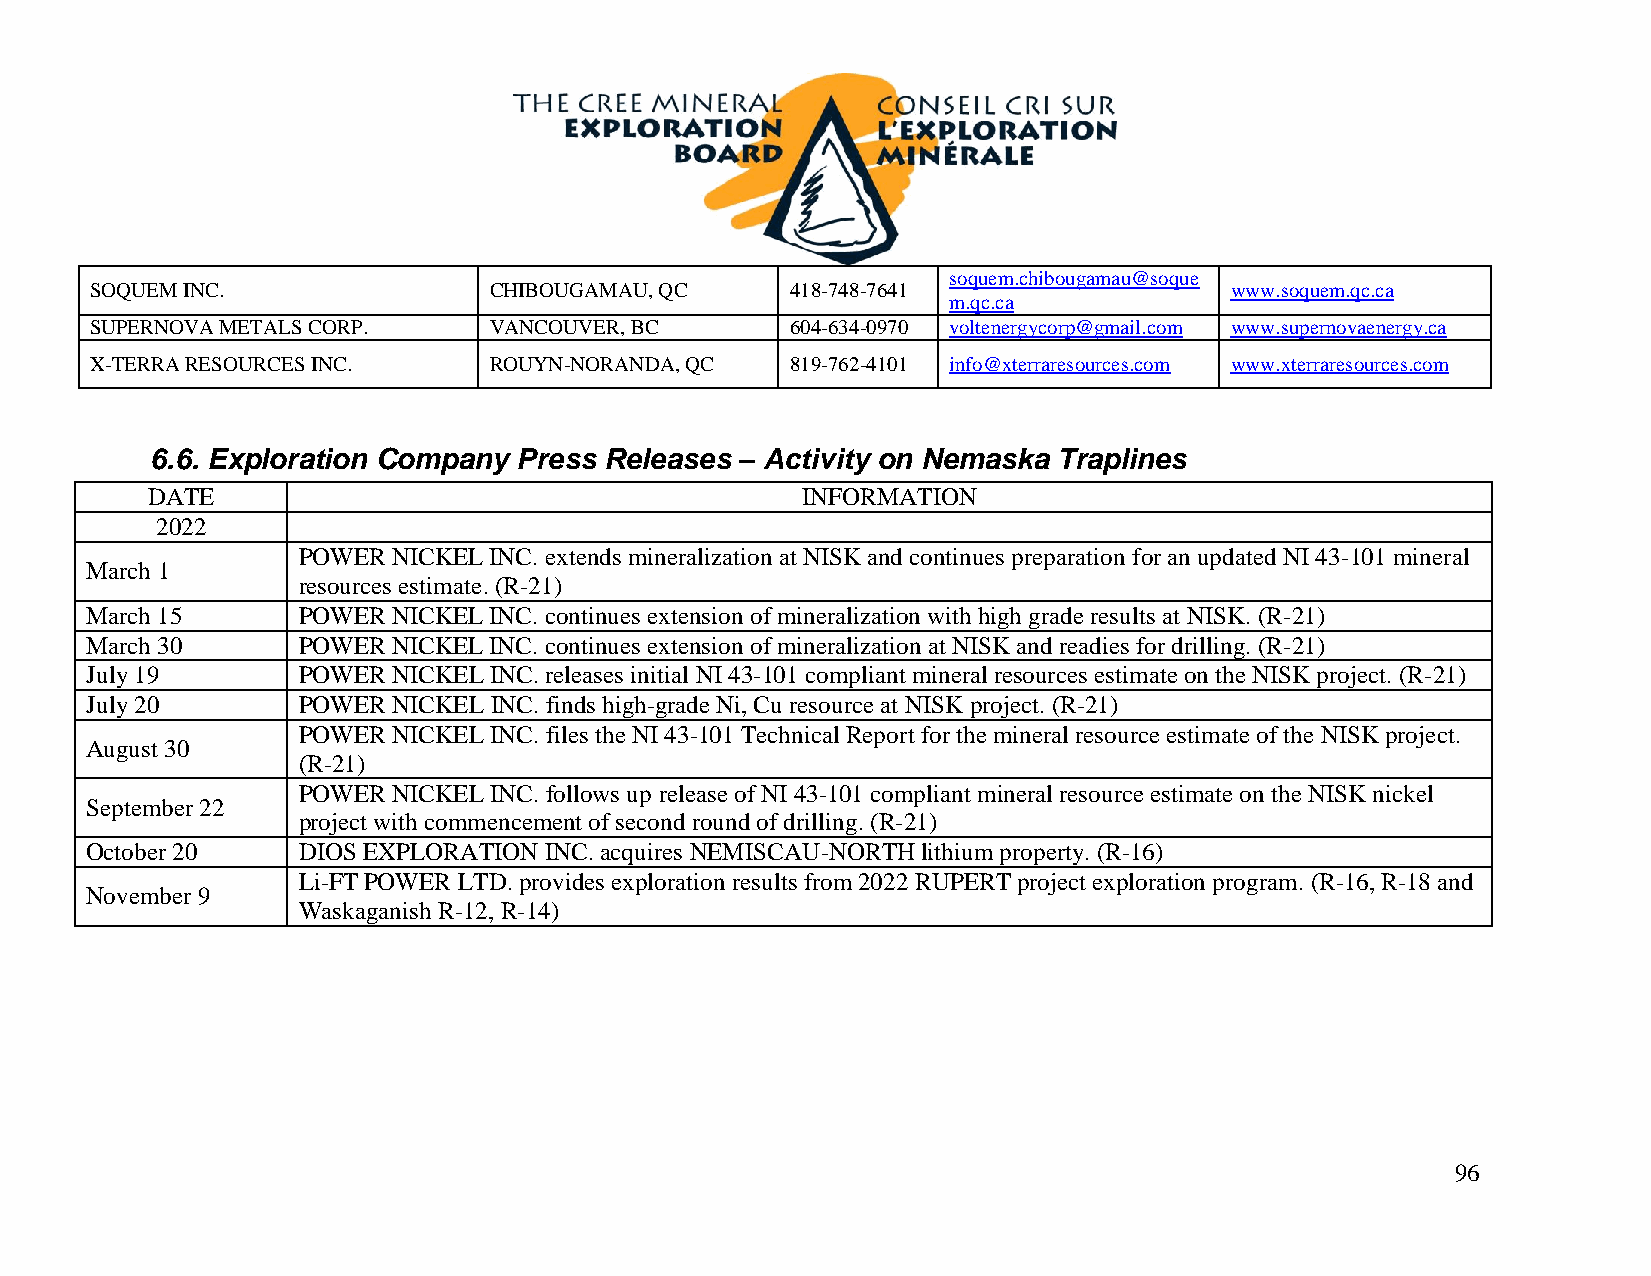
soquem.chibougamau@soque
 SOQUEM INC.               CHIBOUGAMAU, QC     418-748-7641                 www.soquem.qc.ca
 m.qc.ca
 SUPERNOVA METALS CORP.    VANCOUVER, BC       604-634-0970 voltenergycorp@gmail.com www.supernovaenergy.ca
 X-TERRA RESOURCES INC.    ROUYN-NORANDA, QC   819-762-4101 info@xterraresources.com www.xterraresources.com
 6.6. Exploration Company Press Releases – Activity on Nemaska Traplines
 DATE                                       INFORMATION
 2022
 POWER NICKEL INC. extends mineralization at NISK and continues preparation for an updated NI 43-101 mineral
 March 1
 resources estimate. (R-21)
 March 15      POWER NICKEL INC. continues extension of mineralization with high grade results at NISK. (R-21)
 March 30      POWER NICKEL INC. continues extension of mineralization at NISK and readies for drilling. (R-21)
 July 19       POWER NICKEL INC. releases initial NI 43-101 compliant mineral resources estimate on the NISK project. (R-21)
 July 20       POWER NICKEL INC. finds high-grade Ni, Cu resource at NISK project. (R-21)
 POWER NICKEL INC. files the NI 43-101 Technical Report for the mineral resource estimate of the NISK project.
 August 30
 (R-21)
 POWER NICKEL INC. follows up release of NI 43-101 compliant mineral resource estimate on the NISK nickel
 September 22
 project with commencement of second round of drilling. (R-21)
 October 20    DIOS EXPLORATION INC. acquires NEMISCAU-NORTH lithium property. (R-16)
 Li-FT POWER LTD. provides exploration results from 2022 RUPERT project exploration program. (R-16, R-18 and
 November 9
 Waskaganish R-12, R-14)
 96